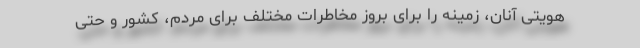
هویتی آنان، زمینه را برای بروز مخاطرات مختلف برای مردم، کشور و حتی